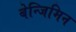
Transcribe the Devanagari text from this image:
बेन्जिमिन